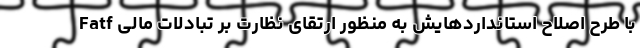
Fatf با طرح اصلاح استانداردهایش به منظور ارتقای نظارت بر تبادلات مالی